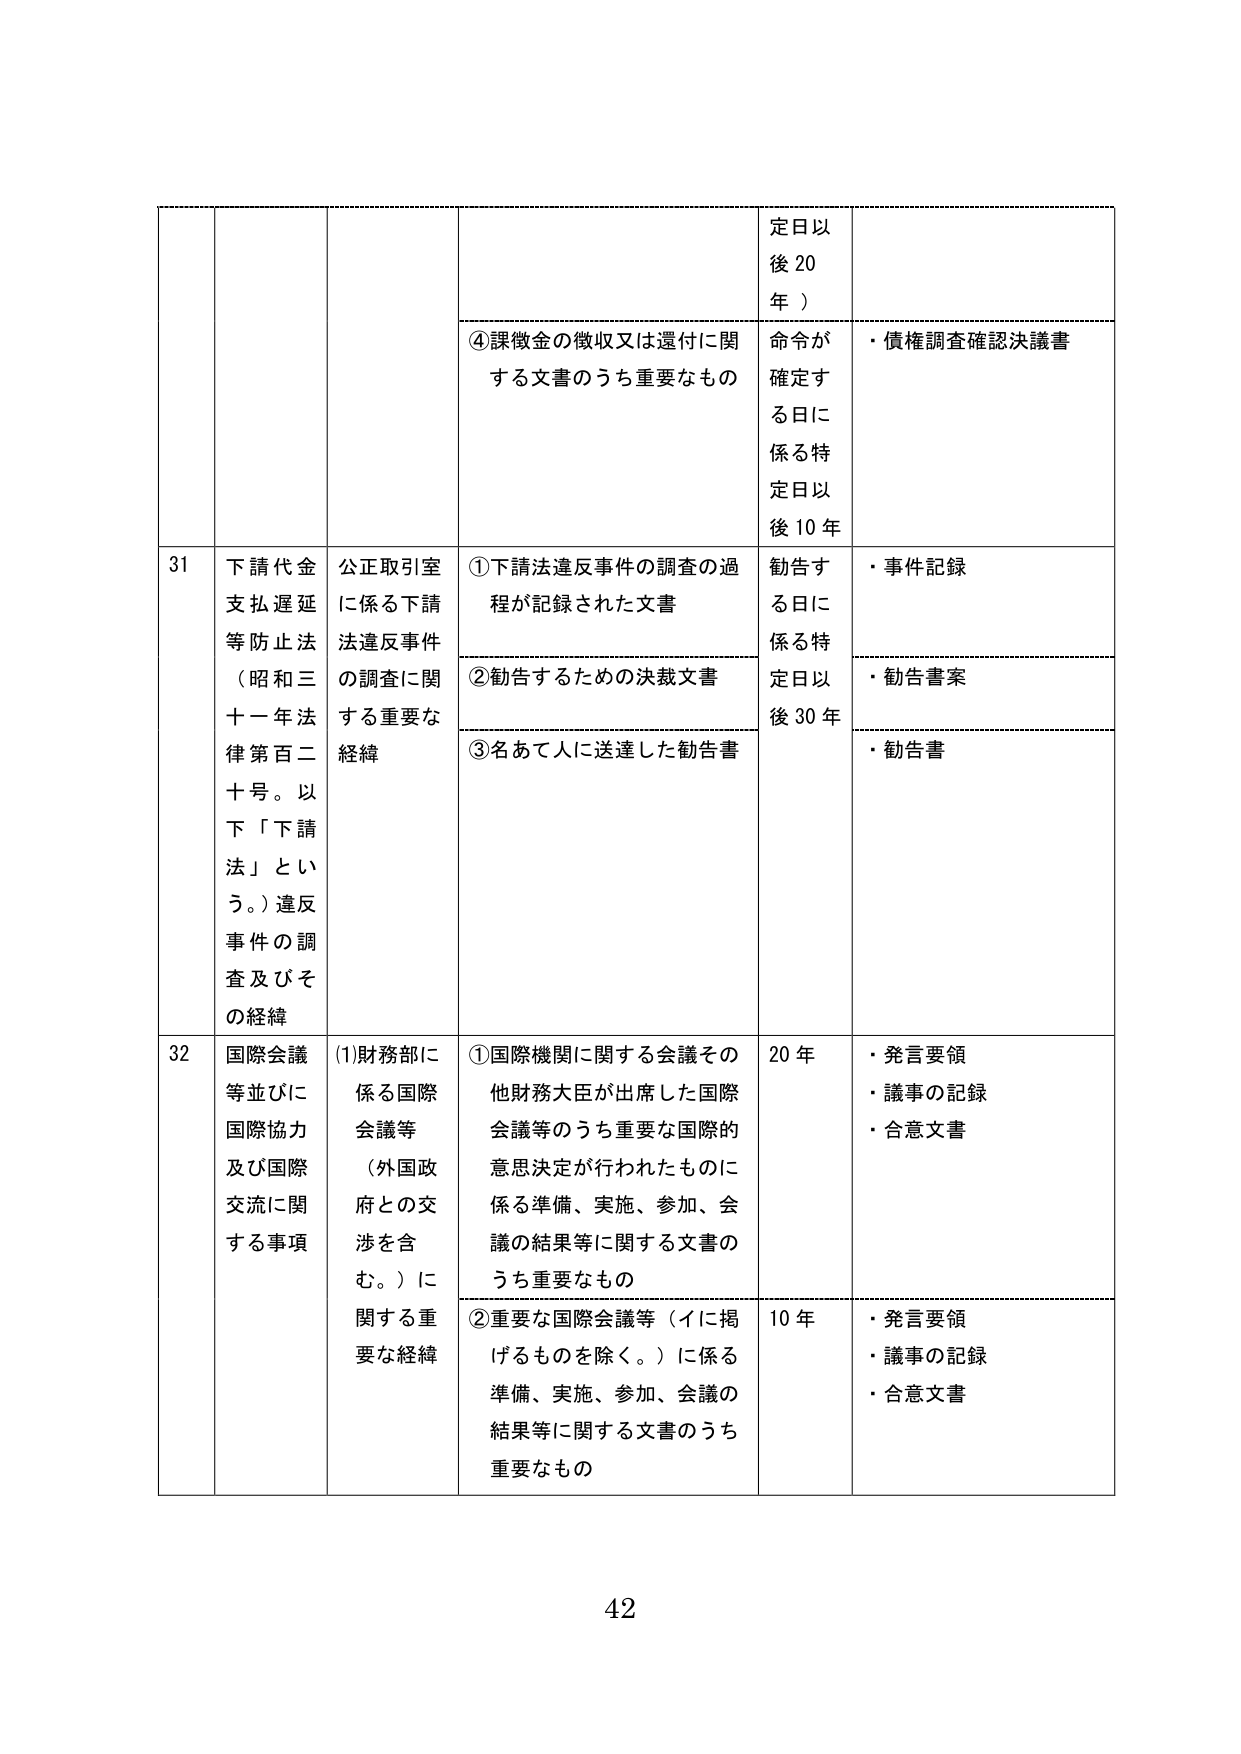
定日以後20年）

④課徴金の徴収又は還付に関する文書のうち重要なもの
命令が確定する日に係る特定日以後10年
・債権調査確認決議書

31 下請代金支払遅延等防止法（昭和三十一年法律第百二十号。以下「下請法」という。）違反事件の調査及びその経緯
公正取引室に係る下請法違反事件の調査に関する重要な経緯
①下請法違反事件の調査の過程が記録された文書
勧告する日に係る特定日以後30年
・事件記録
②勧告するための決裁文書
・勧告書案
③名あて人に送達した勧告書
・勧告書

32 国際会議等並びに国際協力及び国際交流に関する事項
(1)財務部に係る国際会議等（外国政府との交渉を含む。）に関する重要な経緯
①国際機関に関する会議その他財務大臣が出席した国際会議等のうち重要な国際的意思決定が行われたものに係る準備、実施、参加、会議の結果等に関する文書のうち重要なもの
20年
・発言要領
・議事の記録
・合意文書
②重要な国際会議等（イに掲げるものを除く。）に係る準備、実施、参加、会議の結果等に関する文書のうち重要なもの
10年
・発言要領
・議事の記録
・合意文書

42